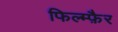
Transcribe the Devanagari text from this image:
फिल्म्फ़ैर